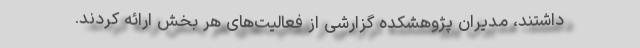
داشتند، مدیران پژوهشکده گزارشی از فعالیت‌های هر بخش ارائه کردند.